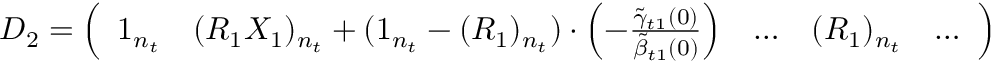
\begin{array} { r } { D _ { 2 } = \left( \begin{array} { l l l l l } { 1 _ { n _ { t } } } & { ( R _ { 1 } X _ { 1 } ) _ { n _ { t } } + ( 1 _ { n _ { t } } - ( R _ { 1 } ) _ { n _ { t } } ) \cdot \left( - \frac { \tilde { \gamma } _ { t 1 } ( 0 ) } { \tilde { \beta } _ { t 1 } ( 0 ) } \right) } & { \dots } & { ( R _ { 1 } ) _ { n _ { t } } } & { \dots } \end{array} \right) } \end{array}